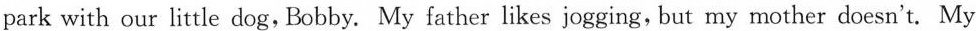
park with our little dog, Bobby. My father likes jogging, but my mother doesn't. My